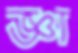
জ্ঞা